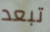
تبعد